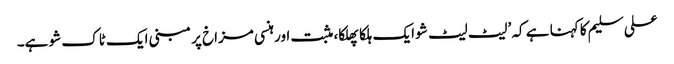
علی سلیم کا کہنا ہے کہ ’لیٹ لیٹ شو ایک ہلکا پھلکا، مثبت اور ہنسی مزاخ پر مبنی ایک ٹاک شو ہے۔